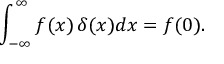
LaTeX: \int _ { - \infty } ^ { \infty } f ( x ) \, \delta ( x ) d x = f ( 0 ) .